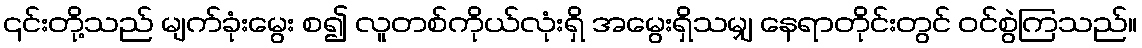
၎င်းတို့သည် မျက်ခုံးမွေး စ၍ လူတစ်ကိုယ်လုံးရှိ အမွေးရှိသမျှ နေရာတိုင်းတွင် ဝင်စွဲကြသည်။